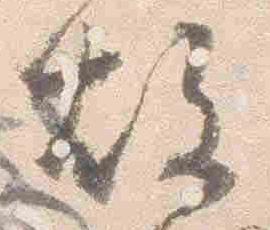
故